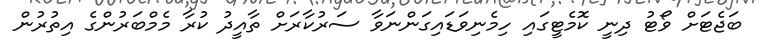
ބަޖެޓަށް ވޯޓު ދިނީ ކޮމެޓީގައި ހިމެނިވަޑައިގަންނަވާ ސަރުކާރަށް ތާއީދު ކުރާ މެމްބަރުންގެ އިތުރުން